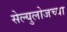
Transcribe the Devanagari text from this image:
सेल्युलोजच्या